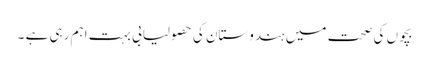
بچوں کی صحت میں ہندوستان کی حصولیابی بہت اہم رہی ہے ۔